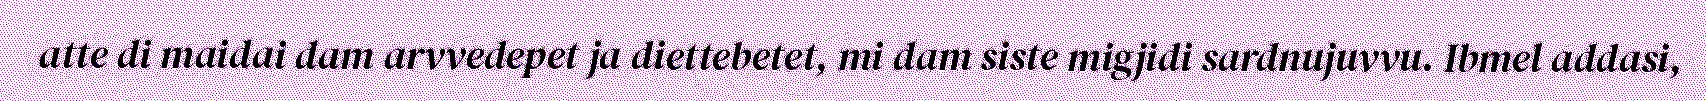
atte di maidai dam arvvedepet ja diettebetet, mi dam siste migjidi sardnujuvvu. Ibmel addasi,